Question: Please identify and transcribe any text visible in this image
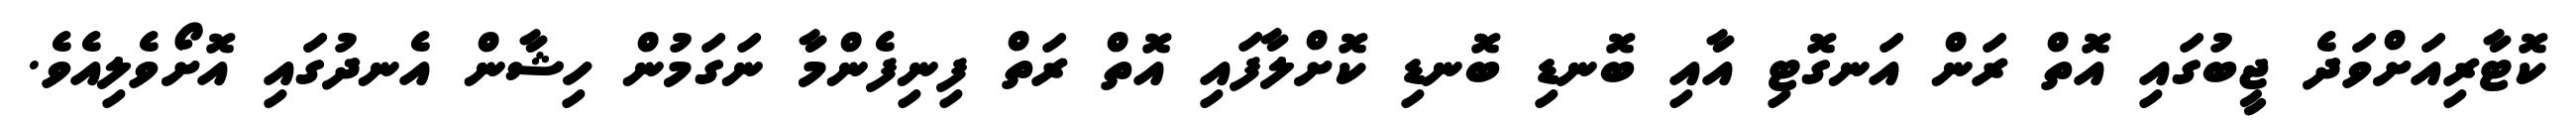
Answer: ކޮޓާރިއަށްވަދެ ޖީބުގައި އޮތް ރަން އަނގޮޓި އާއި ބޮނޑި ބޮނޑި ކޮށްލާފައި އޮތް ރަތް ފިނިފެންމާ ނަގަމުން ހިޝާން އެނދުގައި އޮށޯވެލިއެވެ.